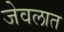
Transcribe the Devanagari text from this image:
जेवलात